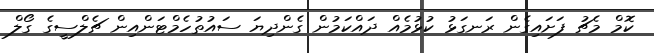
ކޮމް މެޗު ފަށައިގެން ރަނގަޅު ކުޅުމެއް ދައްކަމުން ގެންދިޔަ ސައުތުހެމްޓަންއިން ޗެލްސީގެ ގޯލް